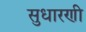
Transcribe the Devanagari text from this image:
सुधारणी